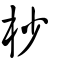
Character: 杪